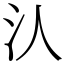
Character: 汄